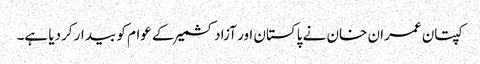
کپتان عمران خان نے پاکستان اور آزادکشمیر کے عوام کو بیدار کردیا ہے۔